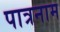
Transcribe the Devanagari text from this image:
पात्रनाम